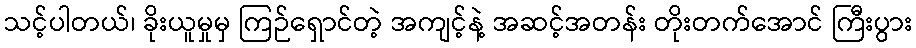
သင့်ပါတယ်၊ ခိုးယူမှုမှ ကြဉ်ရှောင်တဲ့ အကျင့်နဲ့ အဆင့်အတန်း တိုးတက်အောင် ကြီးပွား